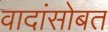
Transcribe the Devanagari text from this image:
वादांसोबत